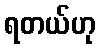
ရတယ်ဟု